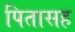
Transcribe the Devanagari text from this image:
पितासह